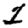
Digit: 1